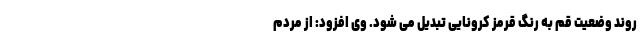
روند وضعیت قم به رنگ قرمز کرونایی تبدیل می شود. وی افزود: از مردم